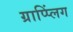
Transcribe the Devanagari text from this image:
ग्राप्प्लिंग